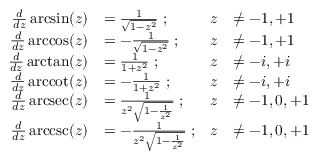
{ \begin{array} { r l r l } { { \frac { d } { d z } } \arcsin ( z ) } & { = { \frac { 1 } { \sqrt { 1 - z ^ { 2 } } } } \; ; } & { z } & { \neq - 1 , + 1 } \\ { { \frac { d } { d z } } \operatorname { a r c c o s } ( z ) } & { = - { \frac { 1 } { \sqrt { 1 - z ^ { 2 } } } } \; ; } & { z } & { \neq - 1 , + 1 } \\ { { \frac { d } { d z } } \arctan ( z ) } & { = { \frac { 1 } { 1 + z ^ { 2 } } } \; ; } & { z } & { \neq - i , + i } \\ { { \frac { d } { d z } } \operatorname { a r c c o t } ( z ) } & { = - { \frac { 1 } { 1 + z ^ { 2 } } } \; ; } & { z } & { \neq - i , + i } \\ { { \frac { d } { d z } } \operatorname { a r c s e c } ( z ) } & { = { \frac { 1 } { z ^ { 2 } { \sqrt { 1 - { \frac { 1 } { z ^ { 2 } } } } } } } \; ; } & { z } & { \neq - 1 , 0 , + 1 } \\ { { \frac { d } { d z } } \operatorname { a r c c s c } ( z ) } & { = - { \frac { 1 } { z ^ { 2 } { \sqrt { 1 - { \frac { 1 } { z ^ { 2 } } } } } } } \; ; } & { z } & { \neq - 1 , 0 , + 1 } \end{array} }